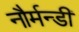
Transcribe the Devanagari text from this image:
नौर्मन्डी